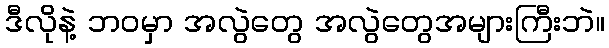
ဒီလိုနဲ့ ဘဝမှာ အလွဲတွေ အလွဲတွေအများကြီးဘဲ။